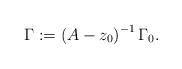
LaTeX: \begin{align*}\Gamma :=\left( A-z_{0} \right)^{-1}\Gamma_{0}.\end{align*}